Insane asylums Bombay 1873-77 - 1873-1877
Year: 1873
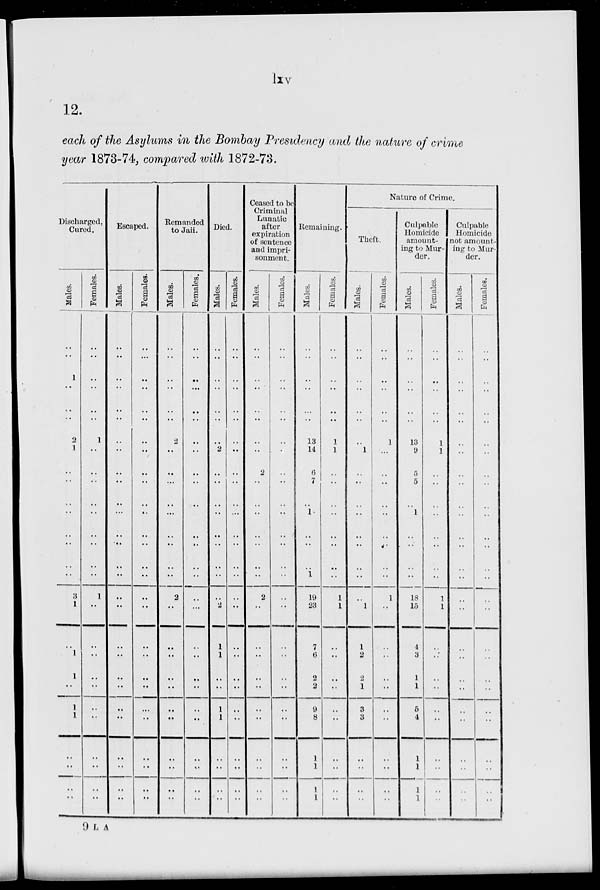
lxv
12.
each of the Asylums in the Bombay Presidency and the nature of crime
year 1873-74, compared with 1872-73.
Discharged,
Cured.
Males.
..
..
1
..
..
..
2
1
..
..
..
..
..
..
..
..
3
1
..
1
1
..
1
1
..
..
..
..
Females.
..
..
..
..
..
..
1
..
..
..
..
..
..
..
..
..
1
..
..
..
..
..
..
..
..
..
..
..
Escaped.
Males.
..
..
..
..
..
..
..
..
..
..
..
...
..
..
..
..
..
..
..
..
..
..
..
..
..
..
..
..
Females.
..
...
..
..
..
..
..
..
..
..
..
..
..
..
..
..
..
..
..
..
..
..
..
..
..
..
..
..
Remanded
to Jail.
Males.
..
..
..
..
..
..
2
..
..
...
..
...
..
..
..
..
2
..
..
..
..
..
..
..
..
..
..
..
Females.
..
..
..
..
..
..
..
..
..
..
..
..
..
..
..
..
..
...
..
..
..
..
..
..
..
..
..
..
Died.
Males.
..
..
..
..
..
..
..
2
..
..
..
..
..
..
..
..
..
2
1
1
..
..
1
1
..
..
..
..
Females.
..
..
..
..
..
..
..
..
..
..
..
...
..
..
..
..
..
..
..
..
..
..
..
..
..
..
..
..
Ceased to be
Criminal
Lunatic
after
expiration
of sentence
and impri-
sonment.
Males.
..
..
..
..
..
..
..
..
2
..
..
..
..
..
..
..
2
..
..
..
..
..
..
..
..
..
..
..
Females.
..
..
..
..
..
..
..
..
..
..
..
..
..
..
..
..
..
..
..
..
..
..
..
..
..
..
..
..
Remaining.
Males.
..
..
..
..
...
..
13
14
6
7
..
1
..
..
..
1
19
23
7
6
2
2
9
8
1
1
1
1
Females.
..
..
..
..
..
..
1
1
..
..
..
..
..
..
..
..
1
1
..
..
..
..
..
..
..
..
..
..
Nature of Crime.
Theft.
Males.
..
..
..
..
..
..
..
1
..
..
..
..
..
..
..
..
..
1
1
2
2
1
3
3
..
..
..
..
Females.
..
..
..
..
..
..
1
...
..
..
..
..
..
..
..
..
1
..
..
..
..
..
..
..
..
..
..
..
Culpable
Homicide
amount-
ing to Mur-
der.
Males.
..
..
..
..
..
..
13
9
5
5
..
..
..
..
..
..
18
15
1
3
1
1
5
1
1
1
1
1
Females.
..
..
..
..
..
..
1
1
..
..
..
..
..
..
..
..
1
1
..
..
..
..
..
..
..
..
..
..
Culpable
Homicide
not amount-
ing to Mur-
der.
Males.
..
..
..
..
..
..
..
..
..
..
..
..
..
..
..
..
..
..
..
..
..
..
..
..
..
..
..
..
Females.
..
..
..
..
..
..
..
..
..
..
..
..
..
..
..
..
..
..
..
..
..
..
..
..
..
..
..
..
9 L A